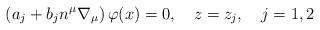
LaTeX: \begin{align*}\left( a_{j}+b_{j}n^{\mu }\nabla _{\mu }\right) \varphi(x)=0,\quad z=z_{j},\quad j=1,2 \end{align*}